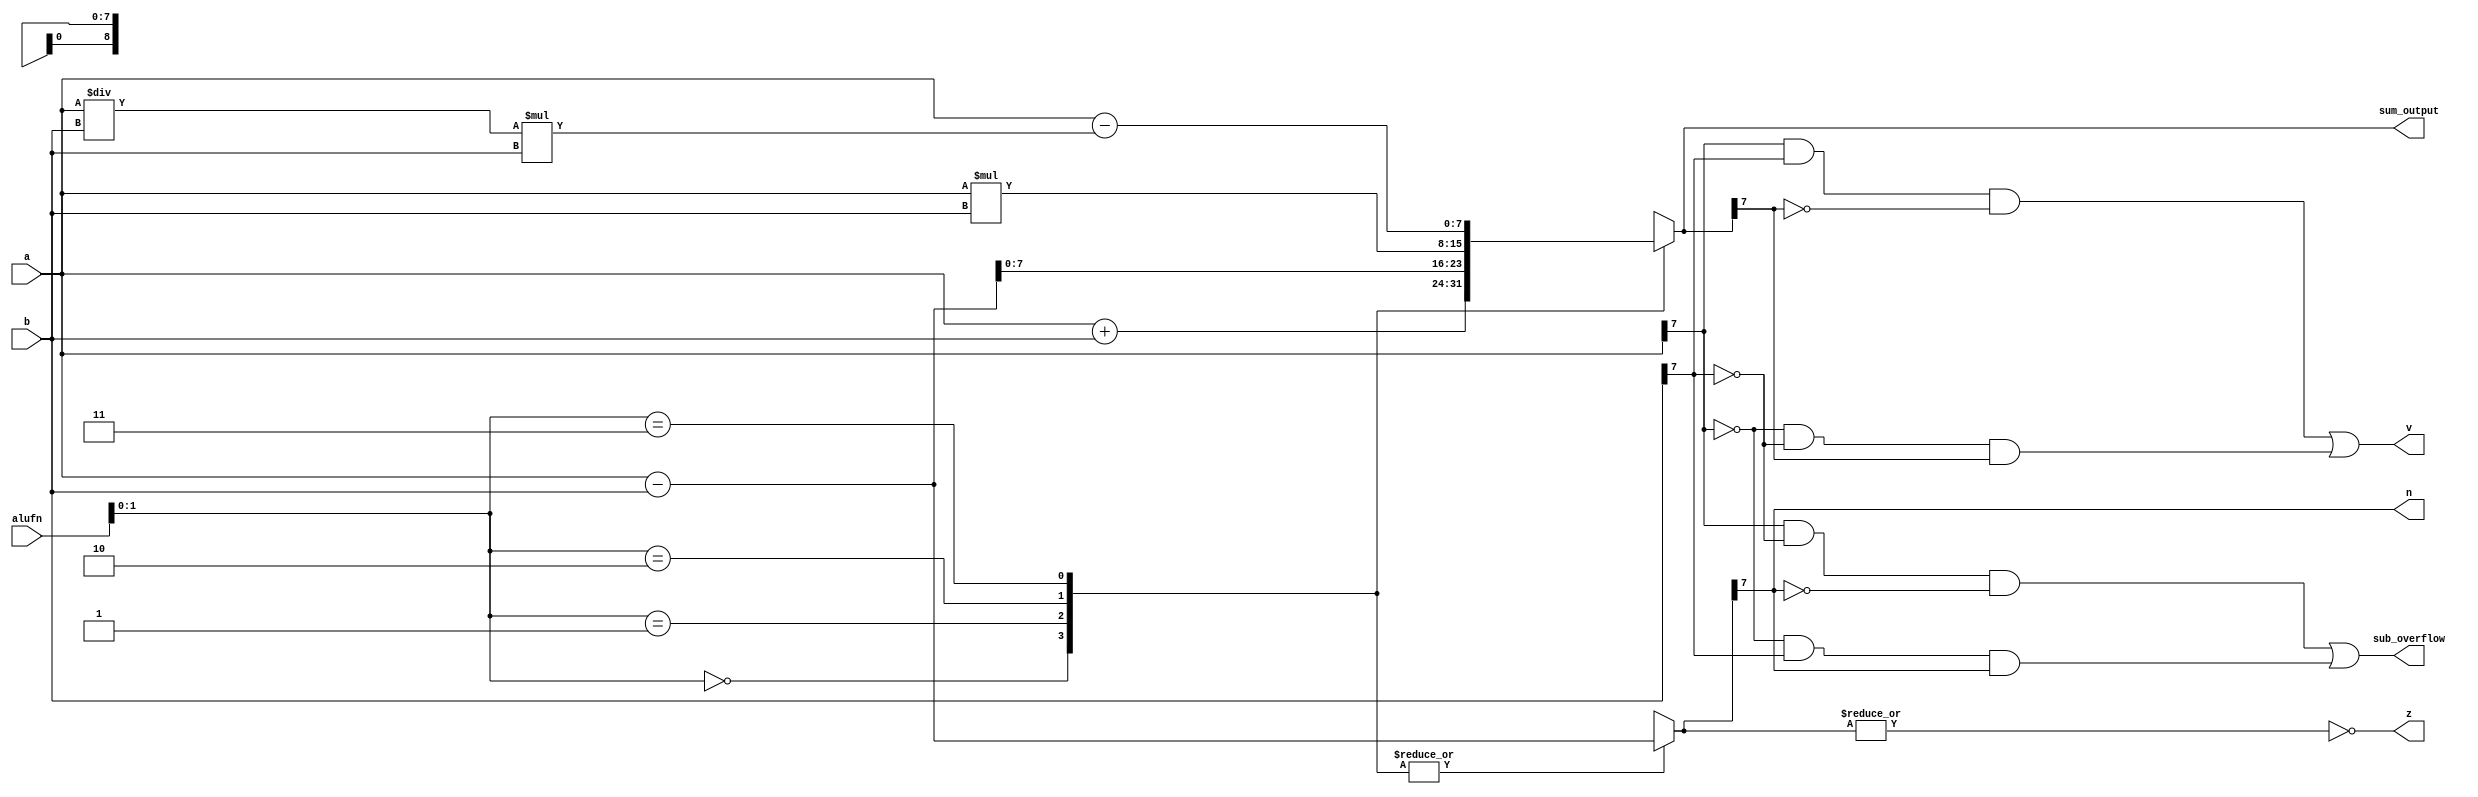
module adder_mod_7 (
    input [5:0] alufn,
    input [7:0] a,
    input [7:0] b,
    output reg [7:0] sum_output,
    output reg z,
    output reg v,
    output reg n,
    output reg sub_overflow
  );
  
  
  
  reg [8:0] sum;
  
  reg [8:0] sub_sum;
  
  always @* begin
    
    case (alufn[0+1-:2])
      2'h0: begin
        sub_sum = a - b;
        sum = a + b;
      end
      2'h1: begin
        sub_sum = a - b;
        sum = a - b;
      end
      2'h2: begin
        sub_sum = a - b;
        sum = a * b;
      end
      2'h3: begin
        sub_sum = a - b;
        sum = a - (a / b * b);
      end
      default: begin
        sub_sum = a - b;
        sum = a + b;
      end
    endcase
    sum_output = sum[0+7-:8];
    sub_overflow = (a[7+0-:1] & ~b[7+0-:1] & (~sub_sum[7+0-:1])) | ((~a[7+0-:1]) & (b[7+0-:1]) & sub_sum[7+0-:1]);
    v = (a[7+0-:1] & b[7+0-:1] & (~sum[7+0-:1])) | ((~a[7+0-:1]) & (~b[7+0-:1]) & sum[7+0-:1]);
    n = sub_sum[7+0-:1];
    z = (~|sub_sum);
  end
endmodule